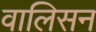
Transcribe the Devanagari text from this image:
वालिसन